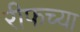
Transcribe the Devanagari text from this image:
रीफच्या